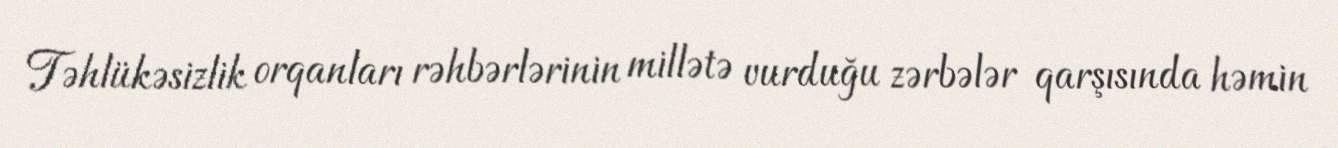
Təhlükəsizlik orqanları rəhbərlərinin millətə vurduğu zərbələr qarşısında həmin